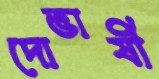
দোভাষী